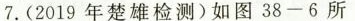
7.(2019年楚雄检测)如图38-6所